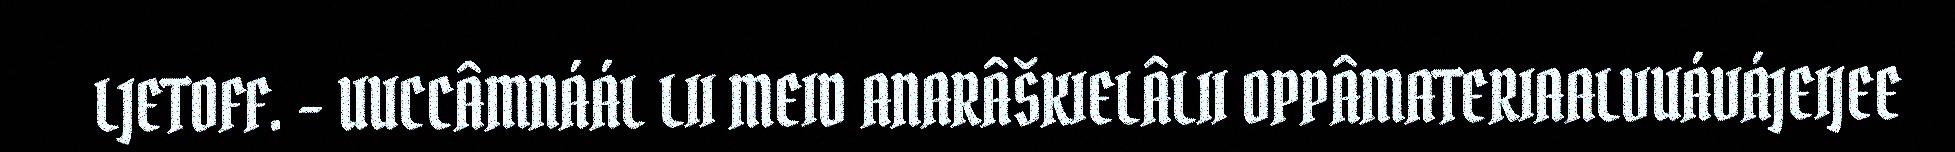
LJETOFF. – UUCCÂMNÁÁL LII MEID ANARÂŠKIELÂLII OPPÂMATERIAALVUÁVÁJEIJEE